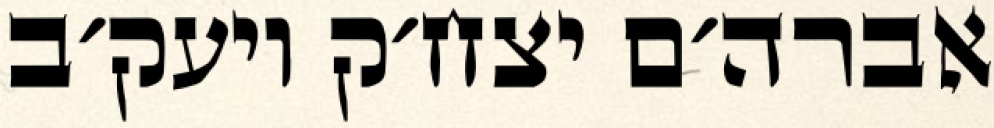
אברה׳ם יצח׳ק ויעק׳ב